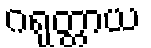
ဂရုတ္တာယ